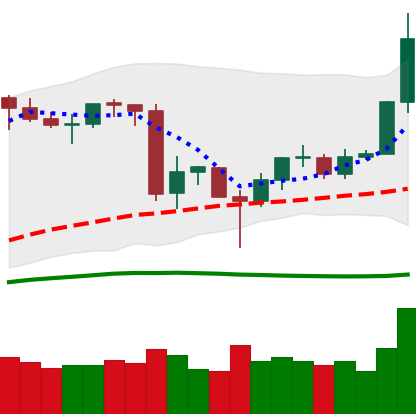
Ticker: LINK-USD
Chart end date: 2020-06-23
Forward return: -5.051%
Label: down_5_7